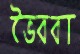
ভৈরবা